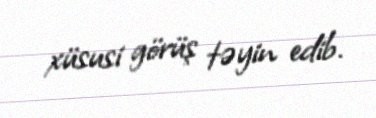
xüsusi görüş təyin edib.